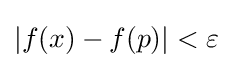
|f(x)-f(p)|<\varepsilon